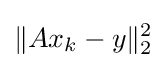
\|Ax_{k}-y\|_{2}^{2}